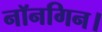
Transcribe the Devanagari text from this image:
नॉनगिन।